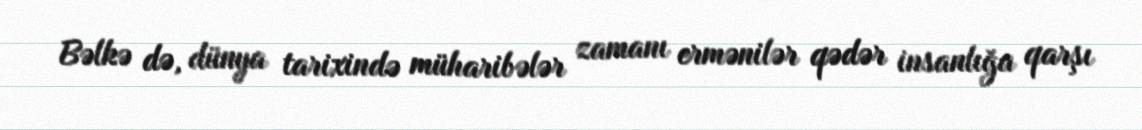
Bəlkə də, dünya tarixində müharibələr zamanı ermənilər qədər insanlığa qarşı